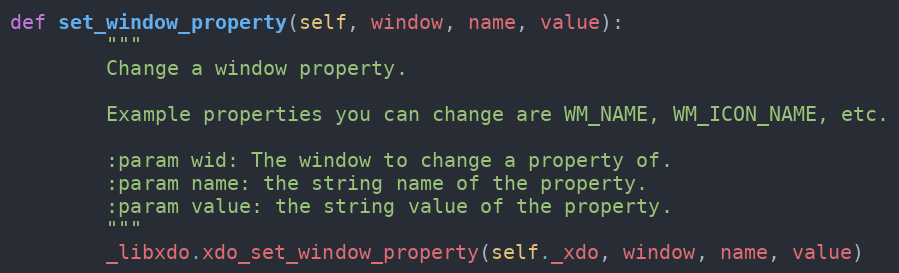
Language: Python
def set_window_property(self, window, name, value):
        """
        Change a window property.

        Example properties you can change are WM_NAME, WM_ICON_NAME, etc.

        :param wid: The window to change a property of.
        :param name: the string name of the property.
        :param value: the string value of the property.
        """
        _libxdo.xdo_set_window_property(self._xdo, window, name, value)